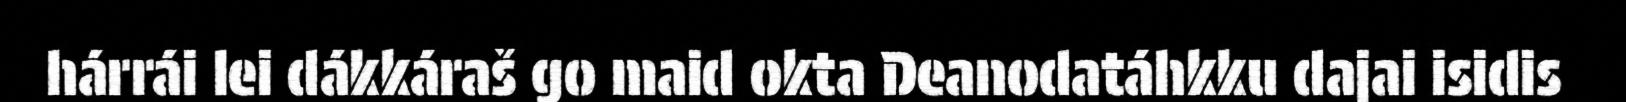
hárrái lei dákkáraš go maid okta Deanodatáhkku dajai isidis